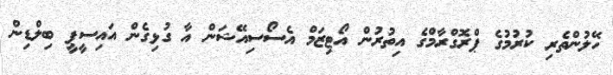
ހޭލުންތެރި ކުރުމުގެ ޕްރޮގްރާމްގެ އިތުރުން އޯޓިޒަމް އެސޯސިއޭޝަން އާ ގުޅިގެން އައިސީޕީ ބިލްޑިން